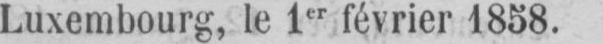
Luxembourg, le 1er février 1858.